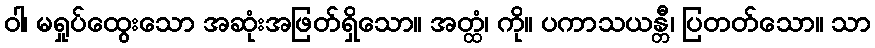
ဝါ၊ မရှုပ်ထွေးသော အဆုံးအဖြတ်ရှိသော။ အတ္ထံ၊ ကို။ ပကာသယန္တီ၊ ပြတတ်သော။ သာ